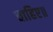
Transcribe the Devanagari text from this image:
चाहिए॥